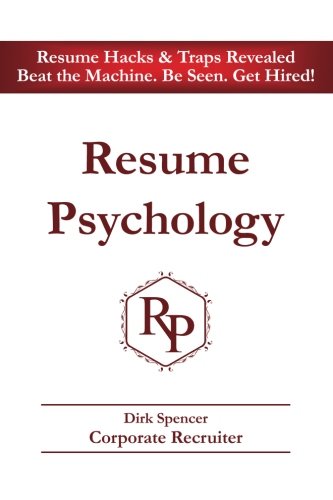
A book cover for Resume Psychology Resume Hacks & Traps Revealed: Beat the Machine. Be Seen. Get Hired!; Dirk Spencer; Business & Money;